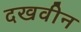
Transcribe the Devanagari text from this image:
दखवीन